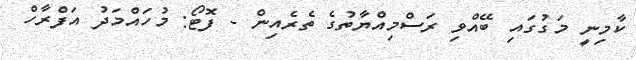
ކާމިނީ މަގުގައި ބޭއްވި ރަސްމިއްޔާތުގެ ތެރެއިން - ފޮޓޯ: މުހައްމަދު އަފްރާހް